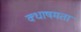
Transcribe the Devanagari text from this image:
क्धाषमता